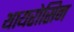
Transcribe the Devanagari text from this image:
थायरोसिन